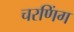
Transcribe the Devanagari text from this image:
चरणिंग